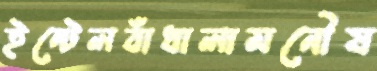
ইন্টেলবাঁধালামনৌয